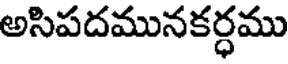
అసిపదమునకర్ధము